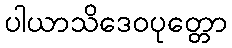
ပါယာသိဒေဝပုတ္တော